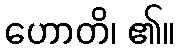
ဟောတိ၊ ၏။